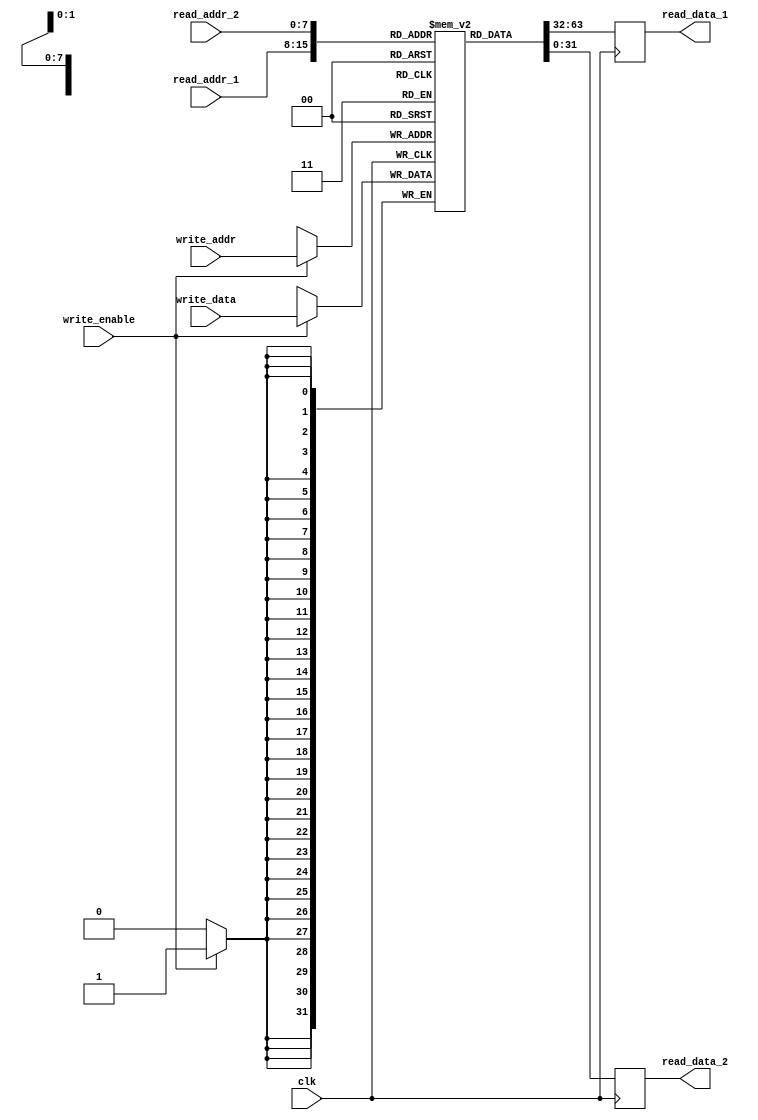
module register_file (
    input wire [7:0] read_addr_1,
    input wire [7:0] read_addr_2,
    input wire [7:0] write_addr,
    input wire [31:0] write_data,
    input wire write_enable,
    input wire clk,
    output reg [31:0] read_data_1,
    output reg [31:0] read_data_2
);

reg [31:0] memory [255:0];

always @(posedge clk) begin
    if (write_enable) begin
        memory[write_addr] <= write_data;
    end
    read_data_1 <= memory[read_addr_1];
    read_data_2 <= memory[read_addr_2];
end

endmodule